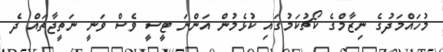
މުހައްމަދުގެ ނިޒާމްގެ ކޯޗުކަމުގައި ކުޅެމުން އަންނަ ޓީސީ ވެސް ވަނީ ނަތީޖާތައް ދެ